Scottish Certificate of Education, 1962
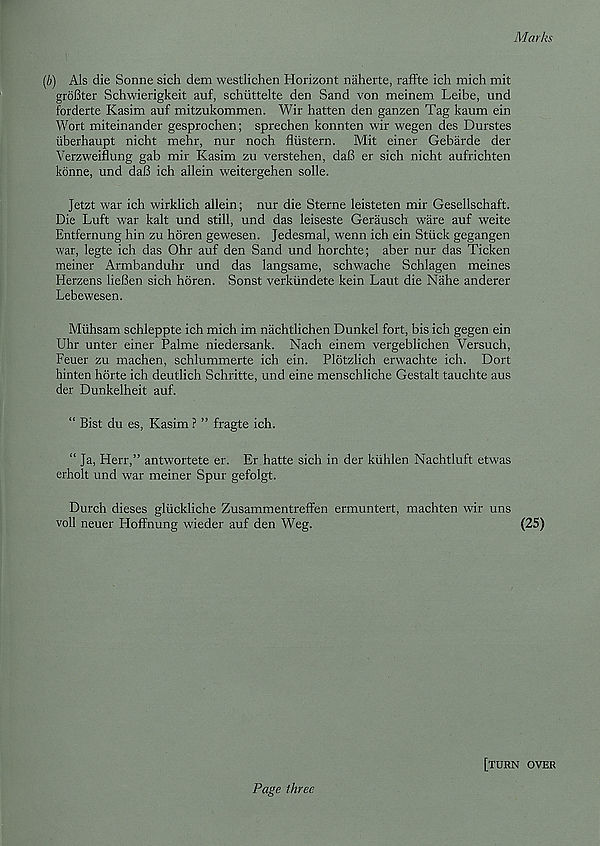
Marks
(/;) Als die Sonne sich dem westlichen Horizont naherte, raffle ich mich mil
groBter Schwierigkeit auf, schiittelte den Sand von meinem Leibe, und
forderte Kasim auf mitzukommen. Wir batten den ganzen Tag kaum ein
Wort miteinander gesprochen; sprechen konnten wir wegen des Durstes
iiberhaupt nicht mehr, nur noch fliistern. Mit einer Gebarde der
Verzweiflung gab mir Kasim zu verstehen, daB er sich nicht aufrichten
konne, und daB ich allein weitergehen solle.
Jetzt war ich wirklich allein; nur die Sterne leisteten mir Gesellschaft.
Die Luft war kalt und still, und das leiseste Gerausch ware auf weite
Entfernung hin zu horen gewesen. Jedesmal, wenn ich ein Stuck gegangen
war, legte ich das Ohr auf den Sand und horchte; aber nur das Ticken
meiner Armbanduhr und das langsame, schwache Schlagen meines
Herzens lieBen sich horen. Sonst verkiindete kein Laut die Nahe anderer
Lebewesen.
Miihsam schleppte ich mich im nachtlichen Dunkel fort, bis ich gegen ein
Uhr unter einer Palme niedersank. Nach einem vergeblichen Versuch,
Feuer zu machen, schlummerte ich ein. Plotzlich erwachte ich. Dort
hinten horte ich deutlich Schritte, und eine menschliche Gestalt tauchte aus
der Dunkelheit auf.
“ Bist du es, Kasim ? ” fragte ich.
“ Ja, Herr,” antwortete er. Er hatte sich in der kiihlen Nachtluft etwas
erholt und war meiner Spur gefolgt.
Durch dieses gliickliche Zusammentreffen ermuntert, machten wir uns
voll neuer Hoffnung wieder auf den Weg.
(25)
Page ihrec
[turn over